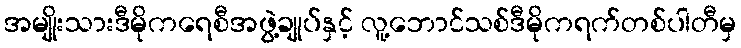
အမျိုးသားဒီမိုကရေစီအဖွဲ့ချုပ်နှင့် လူ့ဘောင်သစ်ဒီမိုကရက်တစ်ပါတီမှ